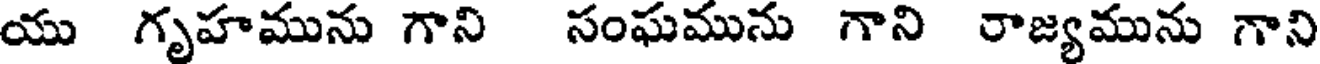
యు గృహమును గాని సంఘమును గాని రాజ్యమును గాని